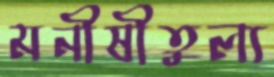
মনীষীতুল্য